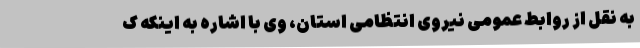
به نقل از روابط عمومی نیروی انتظامی استان، وی با اشاره به اینکه ک